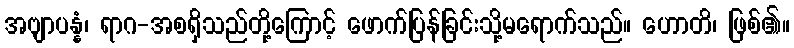
အဗျာပန္နံ၊ ရာဂ-အစရှိသည်တို့ကြောင့် ဖောက်ပြန်ခြင်းသို့မရောက်သည်။ ဟောတိ၊ ဖြစ်၏။